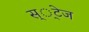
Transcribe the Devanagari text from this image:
स््टेज